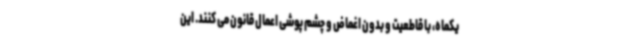
یکماه، با قاطعیت و بدون اغماض و چشم پوشی اعمال قانون می کنند. این